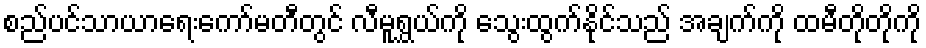
စည်ပင်သာယာရေးကော်မတီတွင် လီမူရွှယ်ကို သွေးထွက်နိုင်သည် အချက်ကို ထမီတိုတိုကို